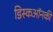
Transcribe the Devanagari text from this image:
डिस्कऑनकी